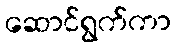
ဆောင်ရွက်ကာ